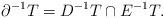
LaTeX: \begin{align*}\partial^{-1} T=D^{-1}T\cap E^{-1}T.\end{align*}